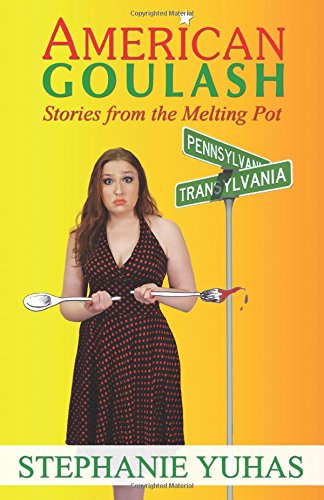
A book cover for American Goulash (Volume 1); Stephanie Yuhas; Parenting & Relationships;